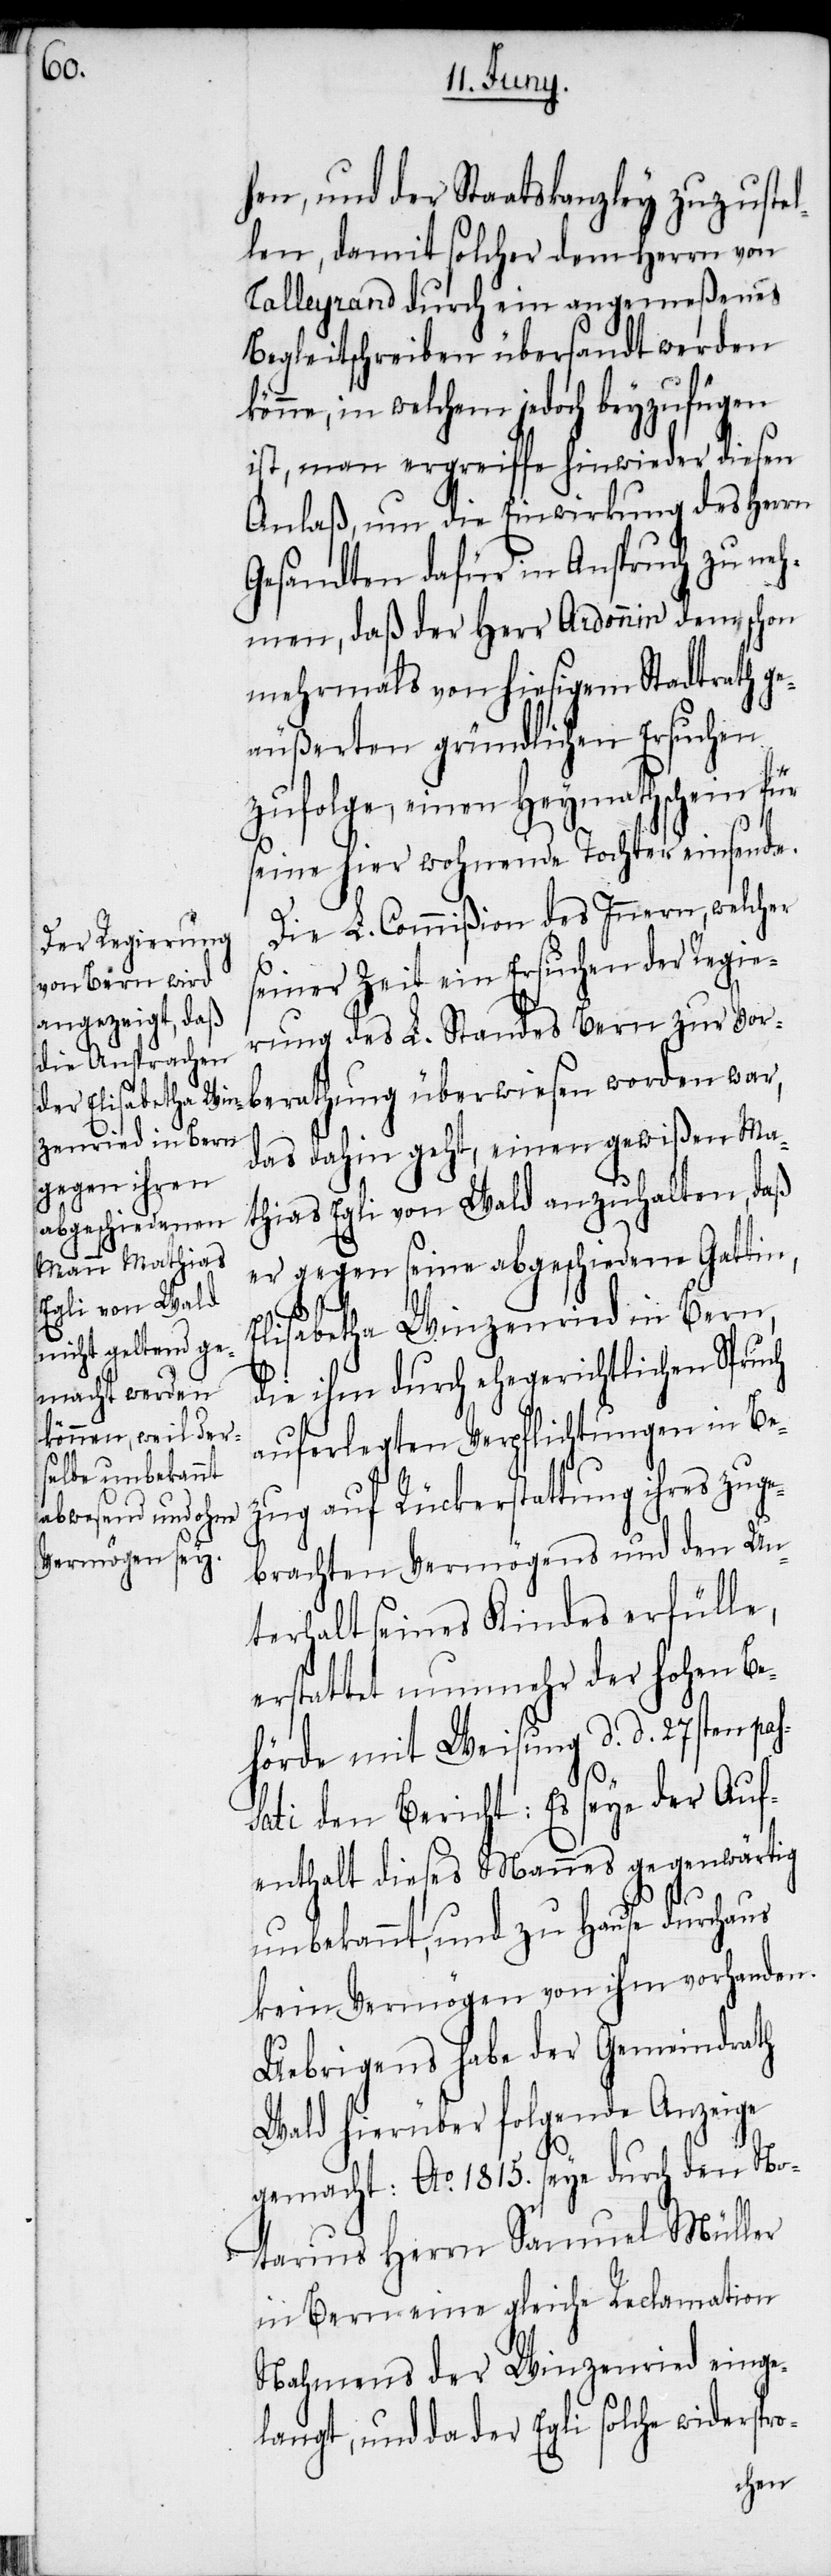
hen, und der Staatskanzley zuzuste¬
len, damit solcher dem Herrn von
Talleyrand durch ein angemeßenes
Begleitschreiben übersandt werden
könne, in welchem jedoch beyzufügen
ist, man ergreiffe hinwieder diesen
Anlaß, um die Einwirkung des Herrn
Gesandten dafür in Anspruch zu neh¬
men, daß der Herr Ardonnin dem, schon
mehrmals von hiesigem Stadtrath ge¬
äußerten gründlichen Ersuchen
zufolge, einen Heymathschein für
seine hier wohnende Tochter einsende.
Die L. Commißion des Innern, welcher
seiner Zeit ein Ersuchen der Regie¬
rung des L. Standes Bern zur Vor¬
berathung überwiesen worden war,
das dahin geht, einen gewißen Ma¬
thias Egli von Wald anzuhalten, daß
er gegen seine abgeschiedene Gattin,
o-
Elisabetha Winzenried in Bern,
die ihm durch ehegerichtlichen Spruch
auferlegten Verpflichtungen in Be¬
zug auf Rückerstattung ihres zuge¬
brachten Vermögens und den Un¬
terhalt seines Kindes erfülle,
erstattet nunmehr der hohen Be¬
hörde mit Weisung d. d. 27sten pa¬
sati den Bericht: Es seye der Auf¬
enthalt dieses Mannes gegenwärtig
unbekannt, und zu Hause durchaus
kein Vermögen von ihm vorhanden.
Uebrigens habe der Gemeindrath
Wald hierüber folgende Anzeige
gemacht: Ao. 1815. seye durch den No¬
tarius Herrn Samuel Müller
in Bern eine gleiche Reclamation
Nahmens der Winzenried einge¬
langt, und da der Egli solche widerspr¬